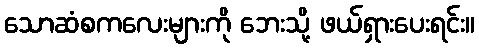
သောဆံစကလေးများကို ဘေးသို့ ဖယ်ရှားပေးရင်း။